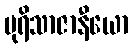
ပုရိသာဇာနီယော